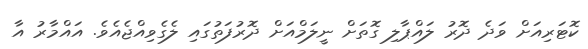
ކޮޓަރިއަށް ވަދެ ދޮރު ލައްޕާލި ގޮތަށް ނީލަމްއަށް ދޮރުފަތުގައި ލެގެވިއްޖެއެވެ. އައްމާރު އާ